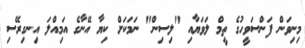
މިނިވަން ފަންސަވީހުގެ ތީމް ލަވަޔާއި "ލިސިން" ނަމަކަށް ކިޔާ އޭނާގެ އަމިއްލަ އިނގިރޭސި